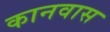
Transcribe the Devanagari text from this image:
कानवास